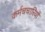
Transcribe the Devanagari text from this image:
कर्मचचारियों